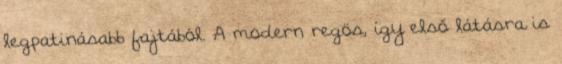
legpatinásabb fajtából. A modern regös, így első látásra is